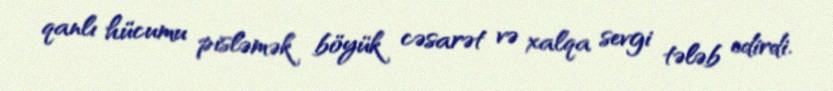
qanlı hücumu pisləmək böyük cəsarət və xalqa sevgi tələb edirdi.